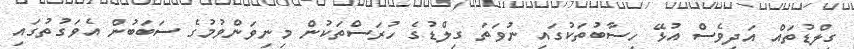
ގިލްޑުތައް އަދިވެސް އުޅޭ ހިސާބުތަކުގައި ނުވަތަ ގިލްޑުގެ ހުރަސްތަކުން މިނިވަންވުމުގެ ސަބަބުން އެވަގުތުގައި